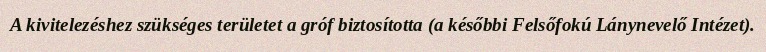
A kivitelezéshez szükséges területet a gróf biztosította (a későbbi Felsőfokú Lánynevelő Intézet).